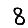
Digit: 8